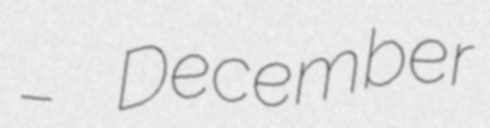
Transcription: – December